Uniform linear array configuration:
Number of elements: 64
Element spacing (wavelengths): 1
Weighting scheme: hann
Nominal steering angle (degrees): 45
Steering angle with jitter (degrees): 46.625
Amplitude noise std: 0.05
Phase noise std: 0.05

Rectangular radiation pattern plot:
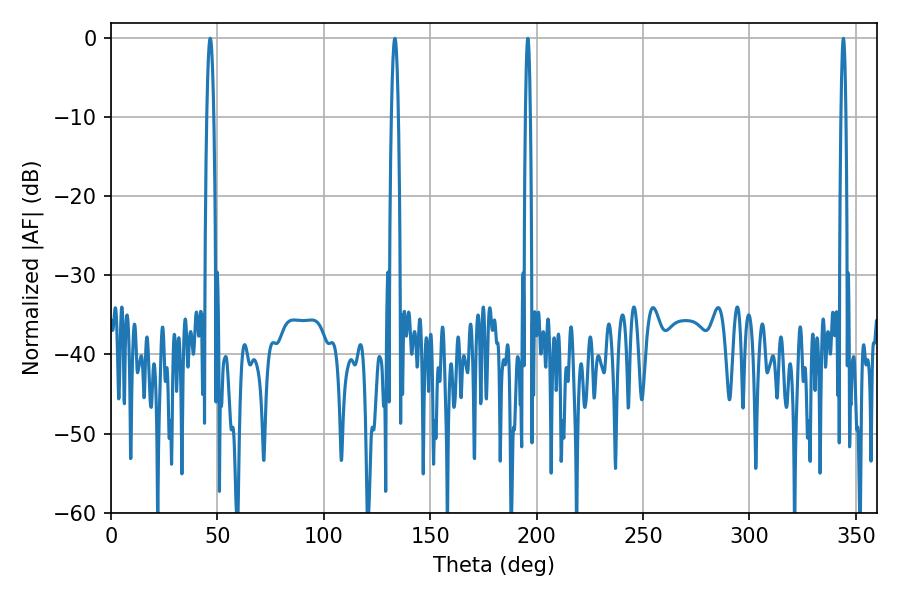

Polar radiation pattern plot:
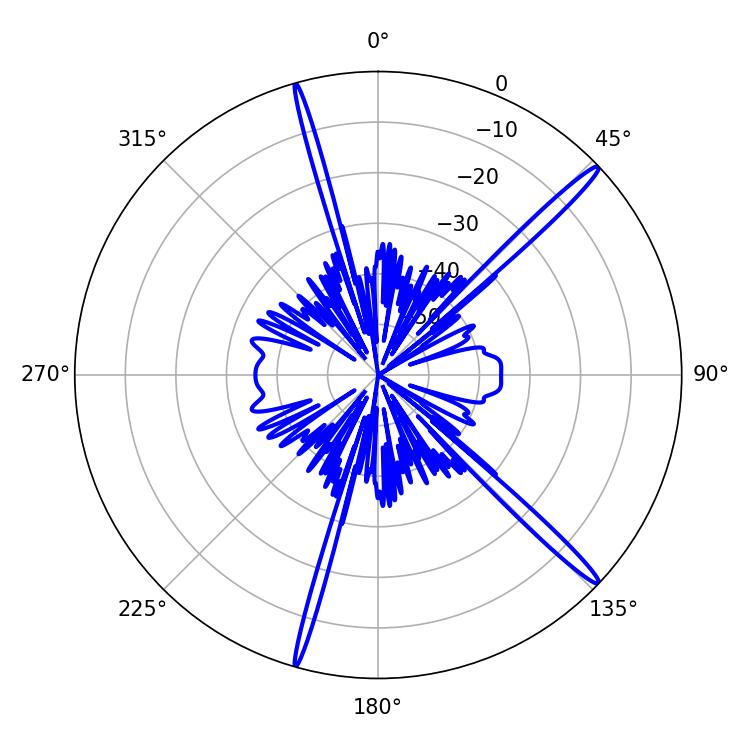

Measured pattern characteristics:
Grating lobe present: TRUE
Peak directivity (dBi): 17.343
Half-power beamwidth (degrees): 1.8
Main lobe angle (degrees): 46.62